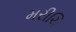
મરીચિ